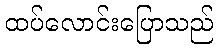
ထပ်လောင်းပြောသည်